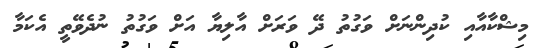
މިޝްކާއާއި ކުދިންނަށް ވަގުތު ދޭ ވަރަށް އާލިޔާ އަށް ވަގުތު ނުދެވޭތީ އެކަމާ